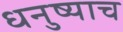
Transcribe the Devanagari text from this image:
धनुष्याच